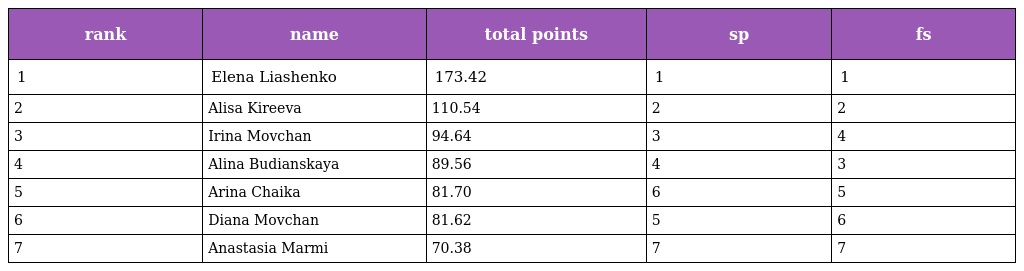
| rank | name | total points | sp | fs |
 | --- | --- | --- | --- | --- |
 | 1 | Elena Liashenko | 173.42 | 1 | 1 |
 | 2 | Alisa Kireeva | 110.54 | 2 | 2 |
 | 3 | Irina Movchan | 94.64 | 3 | 4 |
 | 4 | Alina Budianskaya | 89.56 | 4 | 3 |
 | 5 | Arina Chaika | 81.70 | 6 | 5 |
 | 6 | Diana Movchan | 81.62 | 5 | 6 |
 | 7 | Anastasia Marmi | 70.38 | 7 | 7 |